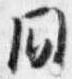
間